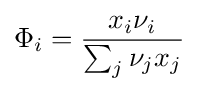
\Phi _{i}={\frac {x_{i}\nu _{i}}{\sum _{j}\nu _{j}x_{j}}}